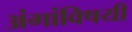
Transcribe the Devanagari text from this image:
अंगांविषयी